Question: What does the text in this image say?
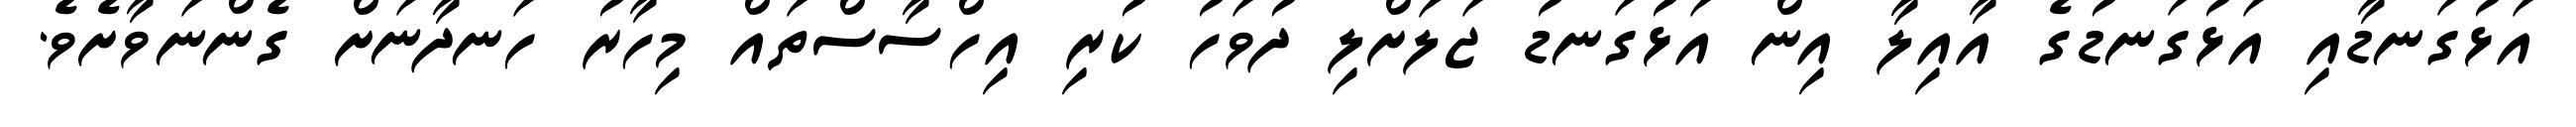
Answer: އަޅުގަނޑާއި އަޅުގަނޑުގެ އާއިލާ އިން އަޅުގަނޑު ޖަލަށްލި ދުވަހު ކުރި އިހްސާސްތައް މިހާރު ހަނދާނަށް ގެންނަވާށެވެ.